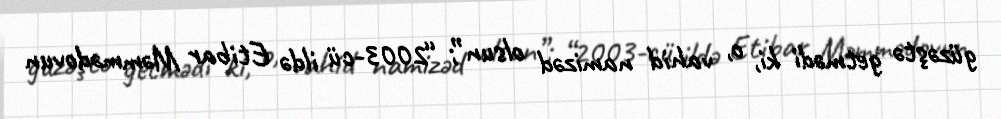
güzəştə getmədi ki, o, vahid namizəd olsun”; “2003-cü ildə Etibar Məmmədovun